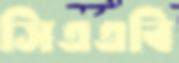
সিএএবি